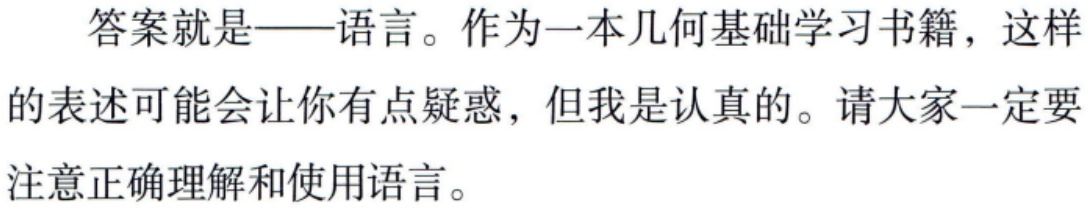
答案就是——语言。作为一本几何基础学习书籍，这样
的表述可能会让你有点疑惑，但我是认真的。请大家一定要
注意正确理解和使用语言。